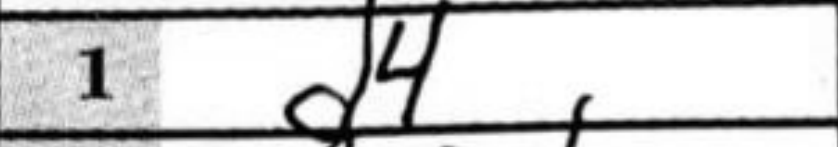
Transcription: d4